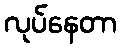
လုပ်နေတာ